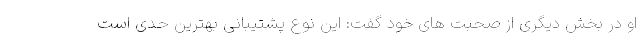
او در بخش دیگری از صحبت های خود گفت: این نوع پشتیبانی بهترین حدی است